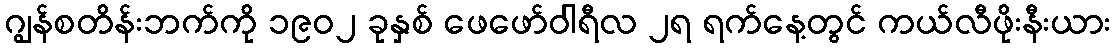
ဂျွန်စတိန်းဘက်ကို ၁၉၀၂ ခုနှစ် ဖေဖော်ဝါရီလ ၂ရ ရက်နေ့တွင် ကယ်လီဖိုးနီးယား